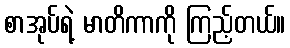
စာအုပ်ရဲ့ မာတိကာကို ကြည့်တယ်။